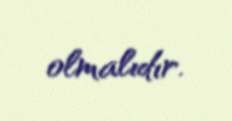
olmalıdır.